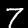
Label: 7